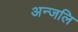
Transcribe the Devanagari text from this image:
अन्जलि